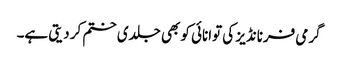
گرمی فرنانڈیز کی توانائی کو بھی جلدی ختم کر دیتی ہے۔